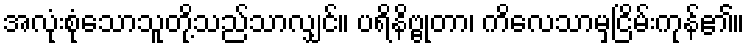
အလုံးစုံသောသူတို့သည်သာလျှင်။ ပရိနိဗ္ဗုတာ၊ ကိလေသာမှငြိမ်းကုန်၏။